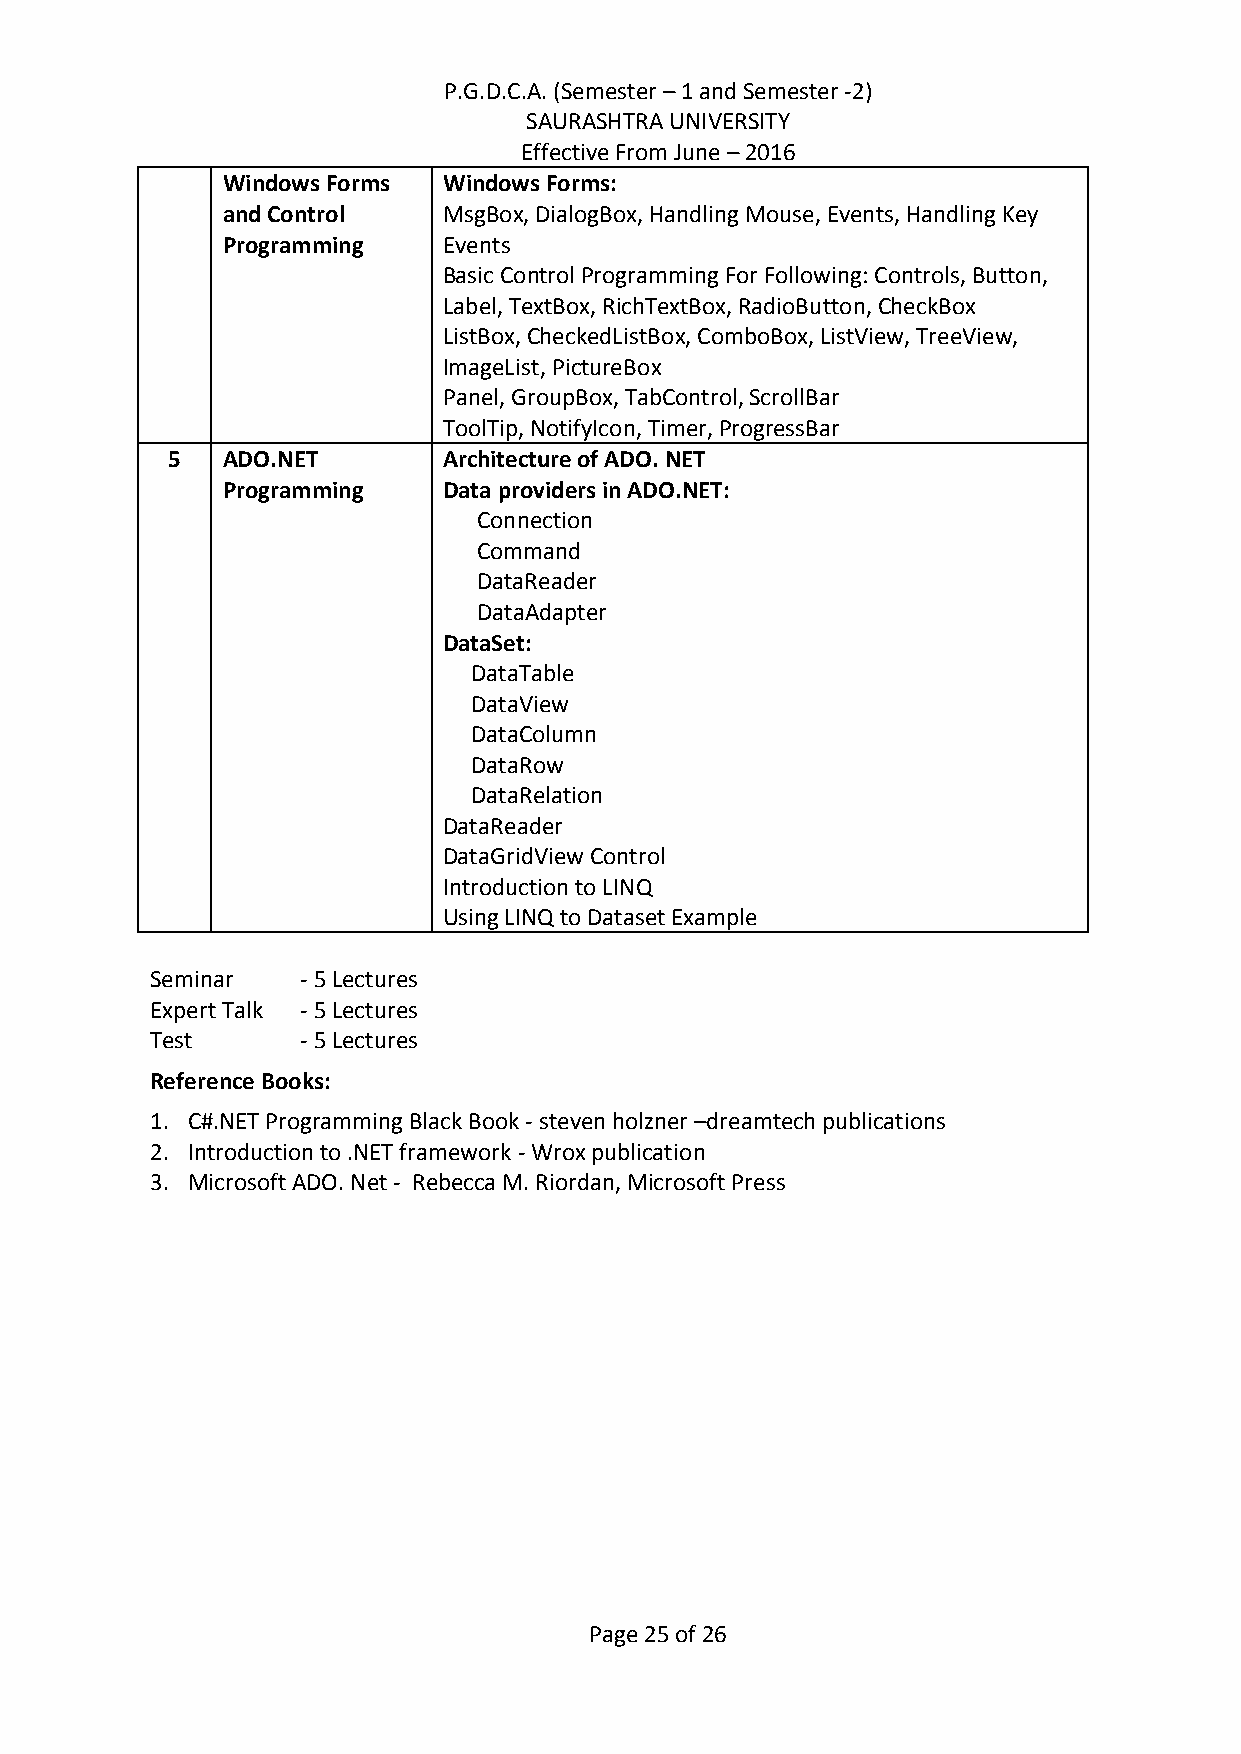
P.G.D.C.A. (Semester – 1 and Semester -2)
 SAURASHTRA UNIVERSITY
 Effective From June – 2016
 Windows Forms Windows Forms:
 and Control   MsgBox, DialogBox, Handling Mouse, Events, Handling Key
 Programming   Events
 Basic Control Programming For Following: Controls, Button,
 Label, TextBox, RichTextBox, RadioButton, CheckBox
 ListBox, CheckedListBox, ComboBox, ListView, TreeView,
 ImageList, PictureBox
 Panel, GroupBox, TabControl, ScrollBar
 ToolTip, NotifyIcon, Timer, ProgressBar
 5   ADO.NET       Architecture of ADO. NET
 Programming   Data providers in ADO.NET:
 Connection
 Command
 DataReader
 DataAdapter
 DataSet:
 DataTable
 DataView
 DataColumn
 DataRow
 DataRelation
 DataReader
 DataGridView Control
 Introduction to LINQ
 Using LINQ to Dataset Example
 Seminar   - 5 Lectures
 Expert Talk - 5 Lectures
 Test      - 5 Lectures
 Reference Books:
 1. C#.NET Programming Black Book - steven holzner –dreamtech publications
 2. Introduction to .NET framework - Wrox publication
 3. Microsoft ADO. Net - Rebecca M. Riordan, Microsoft Press
 Page 25 of 26